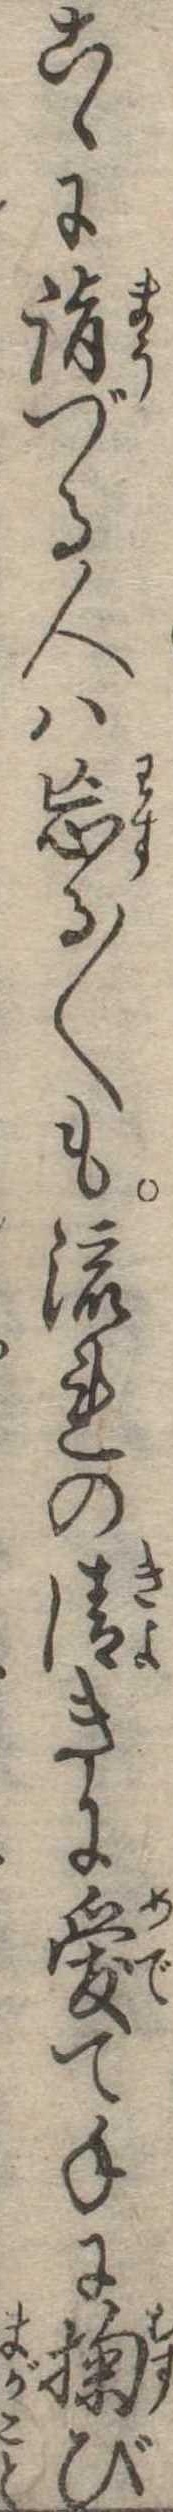
こゝに詣づる人は忘る〱も流れの清きに愛て手に掬び